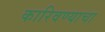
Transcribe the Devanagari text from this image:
कारिवण्याचा